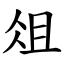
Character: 俎